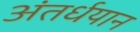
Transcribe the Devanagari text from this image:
अंतर्धयान